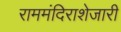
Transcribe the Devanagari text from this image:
राममंदिराशेजारी